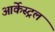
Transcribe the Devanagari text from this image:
आर्केस्ट्रल